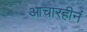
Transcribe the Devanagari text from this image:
आचारहीनं